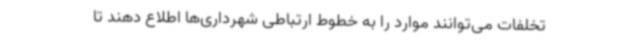
تخلفات می‌توانند موارد را به خطوط ارتباطی شهرداری‌ها اطلاع دهند تا